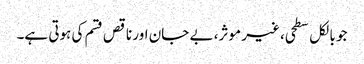
جو بالکل سطحی، غیر موثر، بے جان اور ناقص قسم کی ہوتی ہے۔